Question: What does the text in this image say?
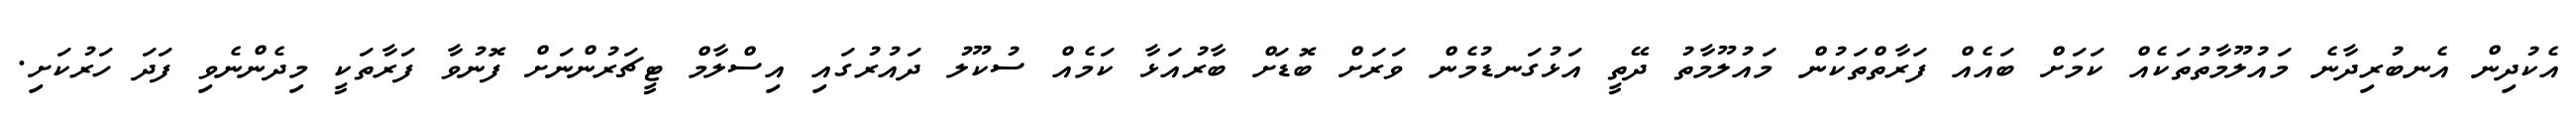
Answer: އެކުދިން އެނބުރިދާނެ މައުލޫމާތުތަކެއް ކަމަށް ބައެއް ފަރާތްތަކުން މައުލޫމާތު ދޭތީ އަޅުގަނޑުމެން ވަރަށް ބޮޑަށް ބާރުއަޅާ ކަމެއް ސުކޫލު ދައުރުގައި އިސްލާމް ޓީޗަރުންނަށް ފޮނުވާ ފަރާތަކީ މިދެންނެވި ފަދަ ހަރުކަށި.